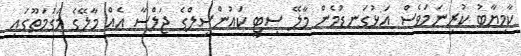
ކާމިޔާބު ކުރިނަމަވެސް އަޅުގަނޑުމެން މާލޭ ސިޓީ ކައުންސިލްގެ ޖަލްސާ އެއް މާލޭގެ މަގުމަތޫގައި